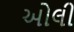
ઓલી